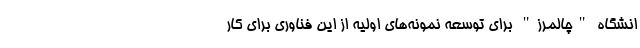
انشگاه "چالمرز" برای توسعه نمونه‌های اولیه از این فناوری برای کار